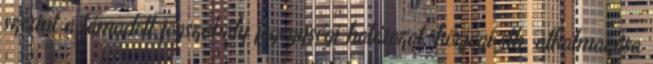
szerint a támadott jogszabály jogegységi határozat, közjogi stb. alkalmazása